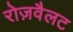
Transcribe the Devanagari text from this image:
रोज़वैलट